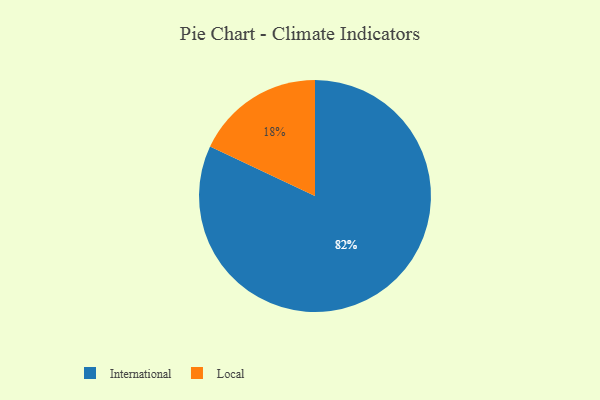
{"axis": {"x": "Category", "y": "Percentage"}, "legend": ["International", "Local"], "data": [{"x": "International", "y": 82, "type": "International"}, {"x": "Local", "y": 18, "type": "Local"}]}